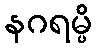
နဂရမ္ပိ